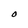
Character: O